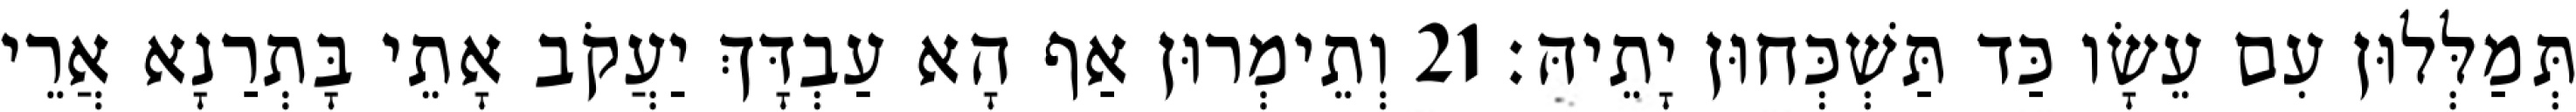
תְּמַלְּלוּן עִם עֵשָׂו כַּד תַּשְׁכְּחוּן יָתֵיהּ׃ 21 וְתֵימְרוּן אַף הָא עַבְדָּךְ יַעֲקֹב אָתֵי בָּתְרַנָא אֲרֵי